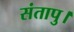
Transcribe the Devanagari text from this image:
संतापु।